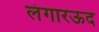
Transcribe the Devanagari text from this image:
लंगारऊद